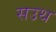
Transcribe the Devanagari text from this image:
सउथ